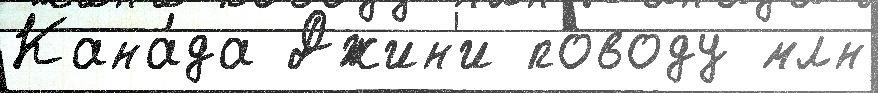
Кана́да Джин'и поводу млн